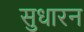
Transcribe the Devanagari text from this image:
सुधारन